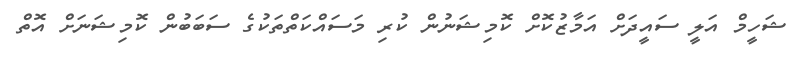
ޝަހީމް އަލީ ސައީދަށް އަމާޒުކޮށް ކޮމިޝަނުން ކުރި މަސައްކަތްތަކުގެ ސަބަބުން ކޮމިޝަނަށް އޮތް